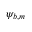
{ \psi _ { b , m } }